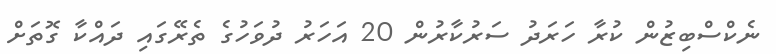
ނެކްސްބިޒުން ކުރާ ހަރަދު ސަރުކާރުން 20 އަހަރު ދުވަހުގެ ތެރޭގައި ދައްކާ ގޮތަށް